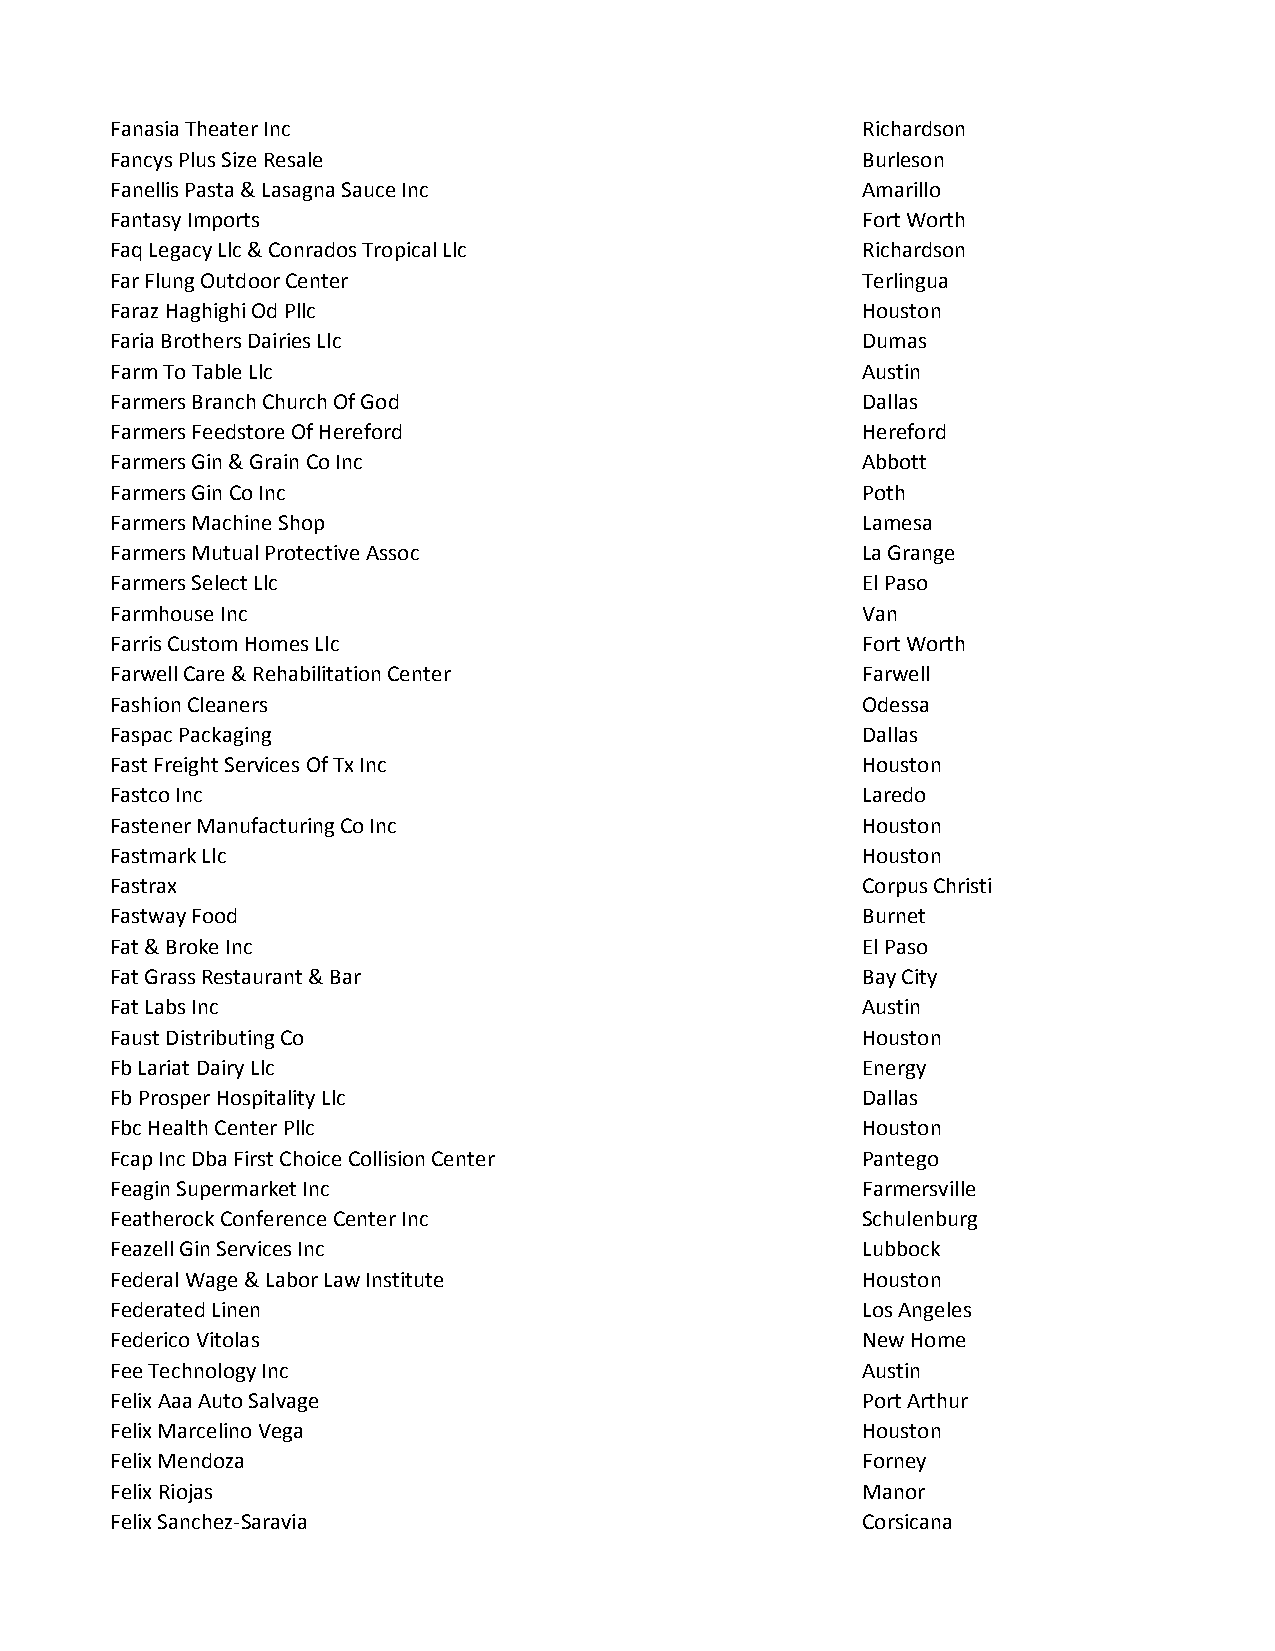
Fanasia Theater Inc                               Richardson
 Fancys Plus Size Resale                           Burleson
 Fanellis Pasta & Lasagna Sauce Inc                Amarillo
 Fantasy Imports                                   Fort Worth
 Faq Legacy Llc & Conrados Tropical Llc            Richardson
 Far Flung Outdoor Center                          Terlingua
 Faraz Haghighi Od Pllc                            Houston
 Faria Brothers Dairies Llc                        Dumas
 Farm To Table Llc                                 Austin
 Farmers Branch Church Of God                      Dallas
 Farmers Feedstore Of Hereford                     Hereford
 Farmers Gin & Grain Co Inc                        Abbott
 Farmers Gin Co Inc                                Poth
 Farmers Machine Shop                              Lamesa
 Farmers Mutual Protective Assoc                   La Grange
 Farmers Select Llc                                El Paso
 Farmhouse Inc                                     Van
 Farris Custom Homes Llc                           Fort Worth
 Farwell Care & Rehabilitation Center              Farwell
 Fashion Cleaners                                  Odessa
 Faspac Packaging                                  Dallas
 Fast Freight Services Of Tx Inc                   Houston
 Fastco Inc                                        Laredo
 Fastener Manufacturing Co Inc                     Houston
 Fastmark Llc                                      Houston
 Fastrax                                           Corpus Christi
 Fastway Food                                      Burnet
 Fat & Broke Inc                                   El Paso
 Fat Grass Restaurant & Bar                        Bay City
 Fat Labs Inc                                      Austin
 Faust Distributing Co                             Houston
 Fb Lariat Dairy Llc                               Energy
 Fb Prosper Hospitality Llc                        Dallas
 Fbc Health Center Pllc                            Houston
 Fcap Inc Dba First Choice Collision Center        Pantego
 Feagin Supermarket Inc                            Farmersville
 Featherock Conference Center Inc                  Schulenburg
 Feazell Gin Services Inc                          Lubbock
 Federal Wage & Labor Law Institute                Houston
 Federated Linen                                   Los Angeles
 Federico Vitolas                                  New Home
 Fee Technology Inc                                Austin
 Felix Aaa Auto Salvage                            Port Arthur
 Felix Marcelino Vega                              Houston
 Felix Mendoza                                     Forney
 Felix Riojas                                      Manor
 Felix Sanchez-Saravia                             Corsicana